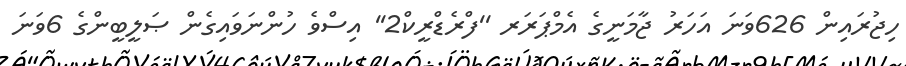
ހިޖުރައިން 626ވަނަ އަހަރު ޖާމަނީގެ އެމްޕަރަރ ''ފްރެޑްރީކް2'' އިސްވެ ހުންނަވައިގެން ޞަލީބީންގެ 6ވަނަ